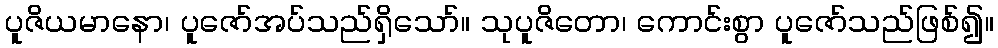
ပူဇိယမာနော၊ ပူဇော်အပ်သည်ရှိသော်။ သုပူဇိတော၊ ကောင်းစွာ ပူဇော်သည်ဖြစ်၍။